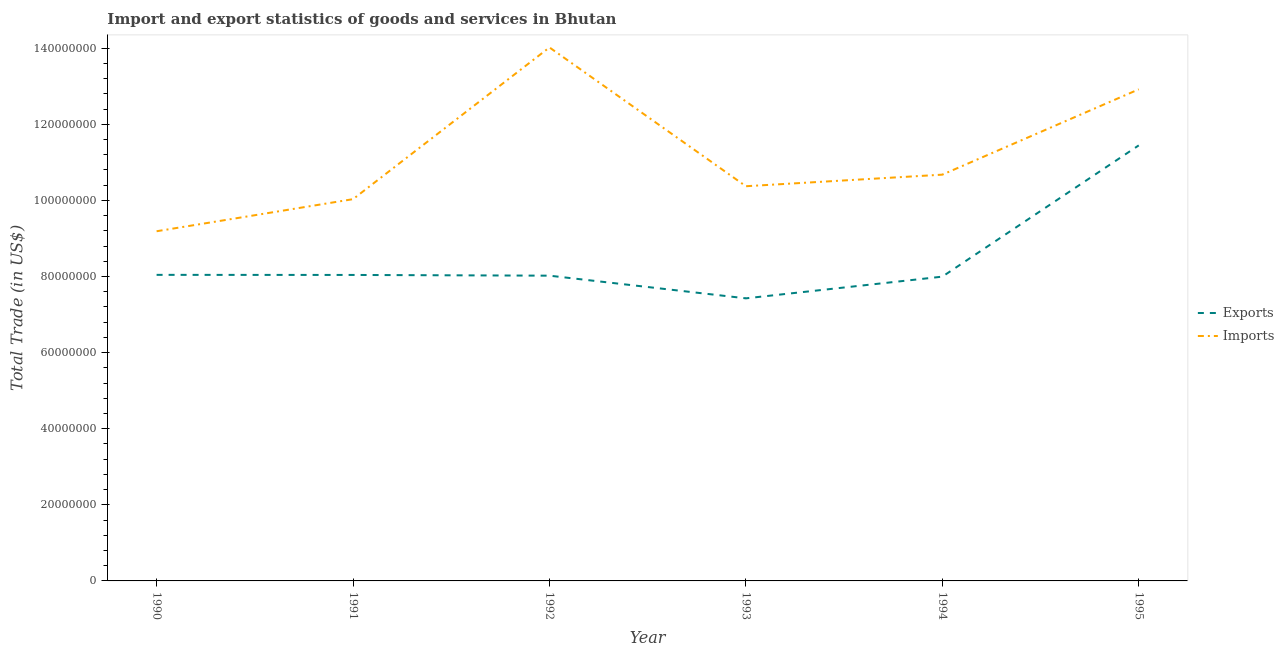
| Year | Exports | Imports |
 | --- | --- | --- |
 | 1990 | 8.04e+07 | 9.19e+07 |
 | 1991 | 8.04e+07 | 1e+08 |
 | 1992 | 8.02e+07 | 1.4e+08 |
 | 1993 | 7.43e+07 | 1.04e+08 |
 | 1994 | 8e+07 | 1.07e+08 |
 | 1995 | 1.14e+08 | 1.29e+08 |